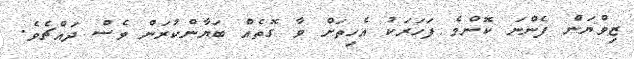
ޒިވްޔަން ފެންނަ ކޮންމެ ފަހަރަކު އެހިތަށް ވާ ގޮތެއް ބަޔާންކުރަން ވެސް ދައްޗެވެ.